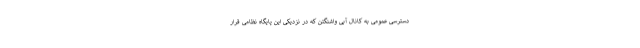
دسترسی عمومی به کانال آبی واشنگتن که در نزدیکی این پایگاه نظامی قرار